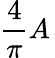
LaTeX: {\frac{4}{\pi}}A\,